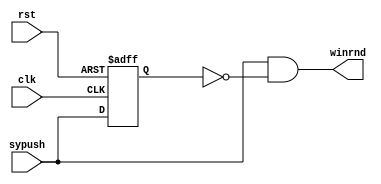
`timescale 1ns / 1ps

module OPP(sypush, clk, rst, winrnd);
	input sypush, clk, rst;
	output winrnd;
	wire sypush, clk, rst;
	reg x;
	//reg winrnd;
	
	always@(posedge clk or posedge rst)
		begin
			if (rst) x <= 0;
			else x <= sypush;
		end
		
	assign winrnd = sypush & ~x;
endmodule